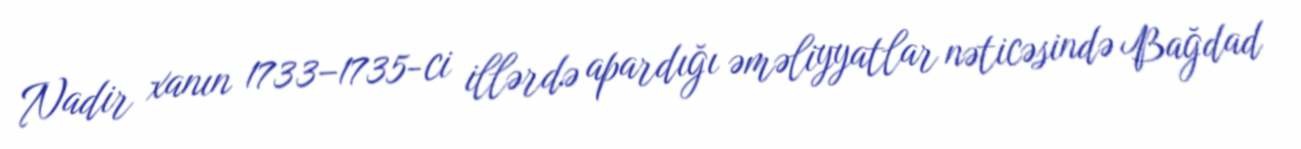
Nadir xanın 1733–1735-ci illərdə apardığı əməliyyatlar nəticəsində Bağdad